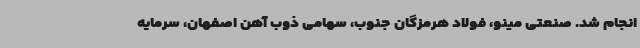
انجام شد. صنعتی مینو، فولاد هرمزگان جنوب، سهامی ذوب آهن اصفهان، سرمایه